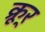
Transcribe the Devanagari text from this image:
क्रूर्